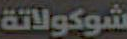
شوكولاتة